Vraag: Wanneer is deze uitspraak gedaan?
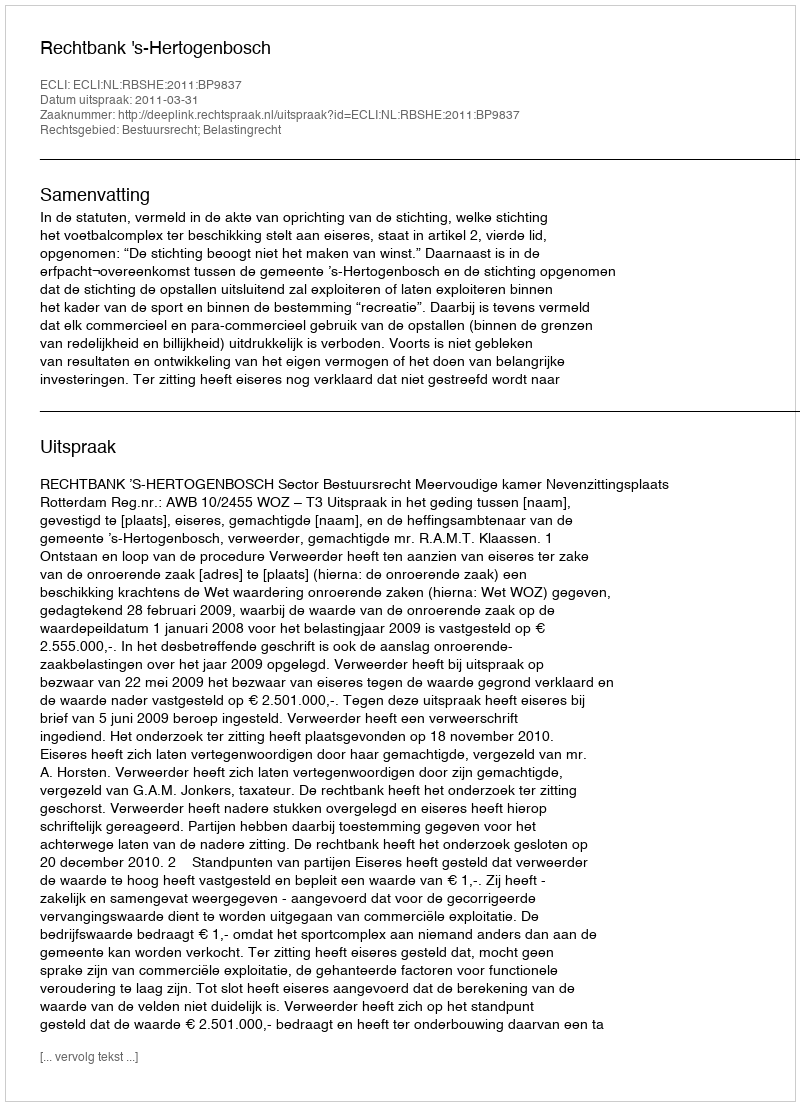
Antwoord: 2011-03-31